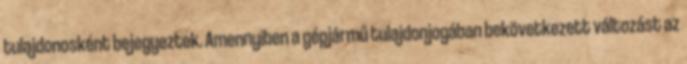
tulajdonosként bejegyeztek. Amennyiben a gépjármű tulajdonjogában bekövetkezett változást az